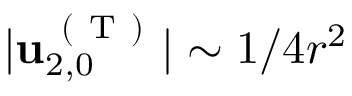
\vert \mathbf { u } _ { 2 , 0 } ^ { \mathrm { ~ ( ~ T ~ ) ~ } } \vert \sim 1 / 4 r ^ { 2 }